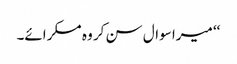
‘‘ میرا سوال سن کر وہ مسکرائے۔